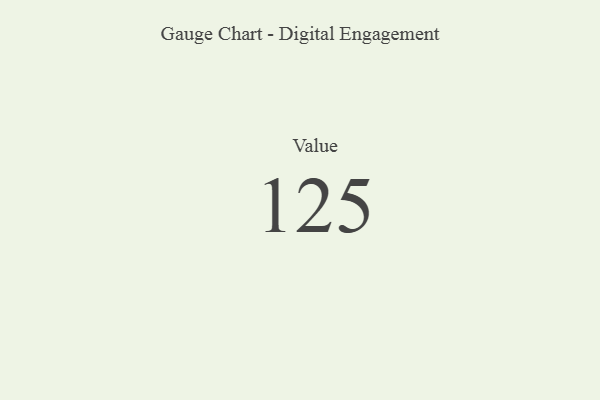
{"axis": {"x": "Metric", "y": "Value"}, "legend": [""], "data": [{"x": "Value", "y": 125, "type": ""}]}